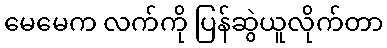
မေမေက လက်ကို ပြန်ဆွဲယူလိုက်တာ